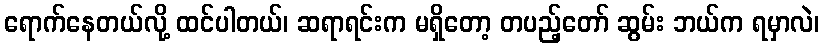
ရောက်နေတယ်လို့ ထင်ပါတယ်၊ ဆရာရင်းက မရှိတော့ တပည့်တော် ဆွမ်း ဘယ်က ရမှာလဲ၊